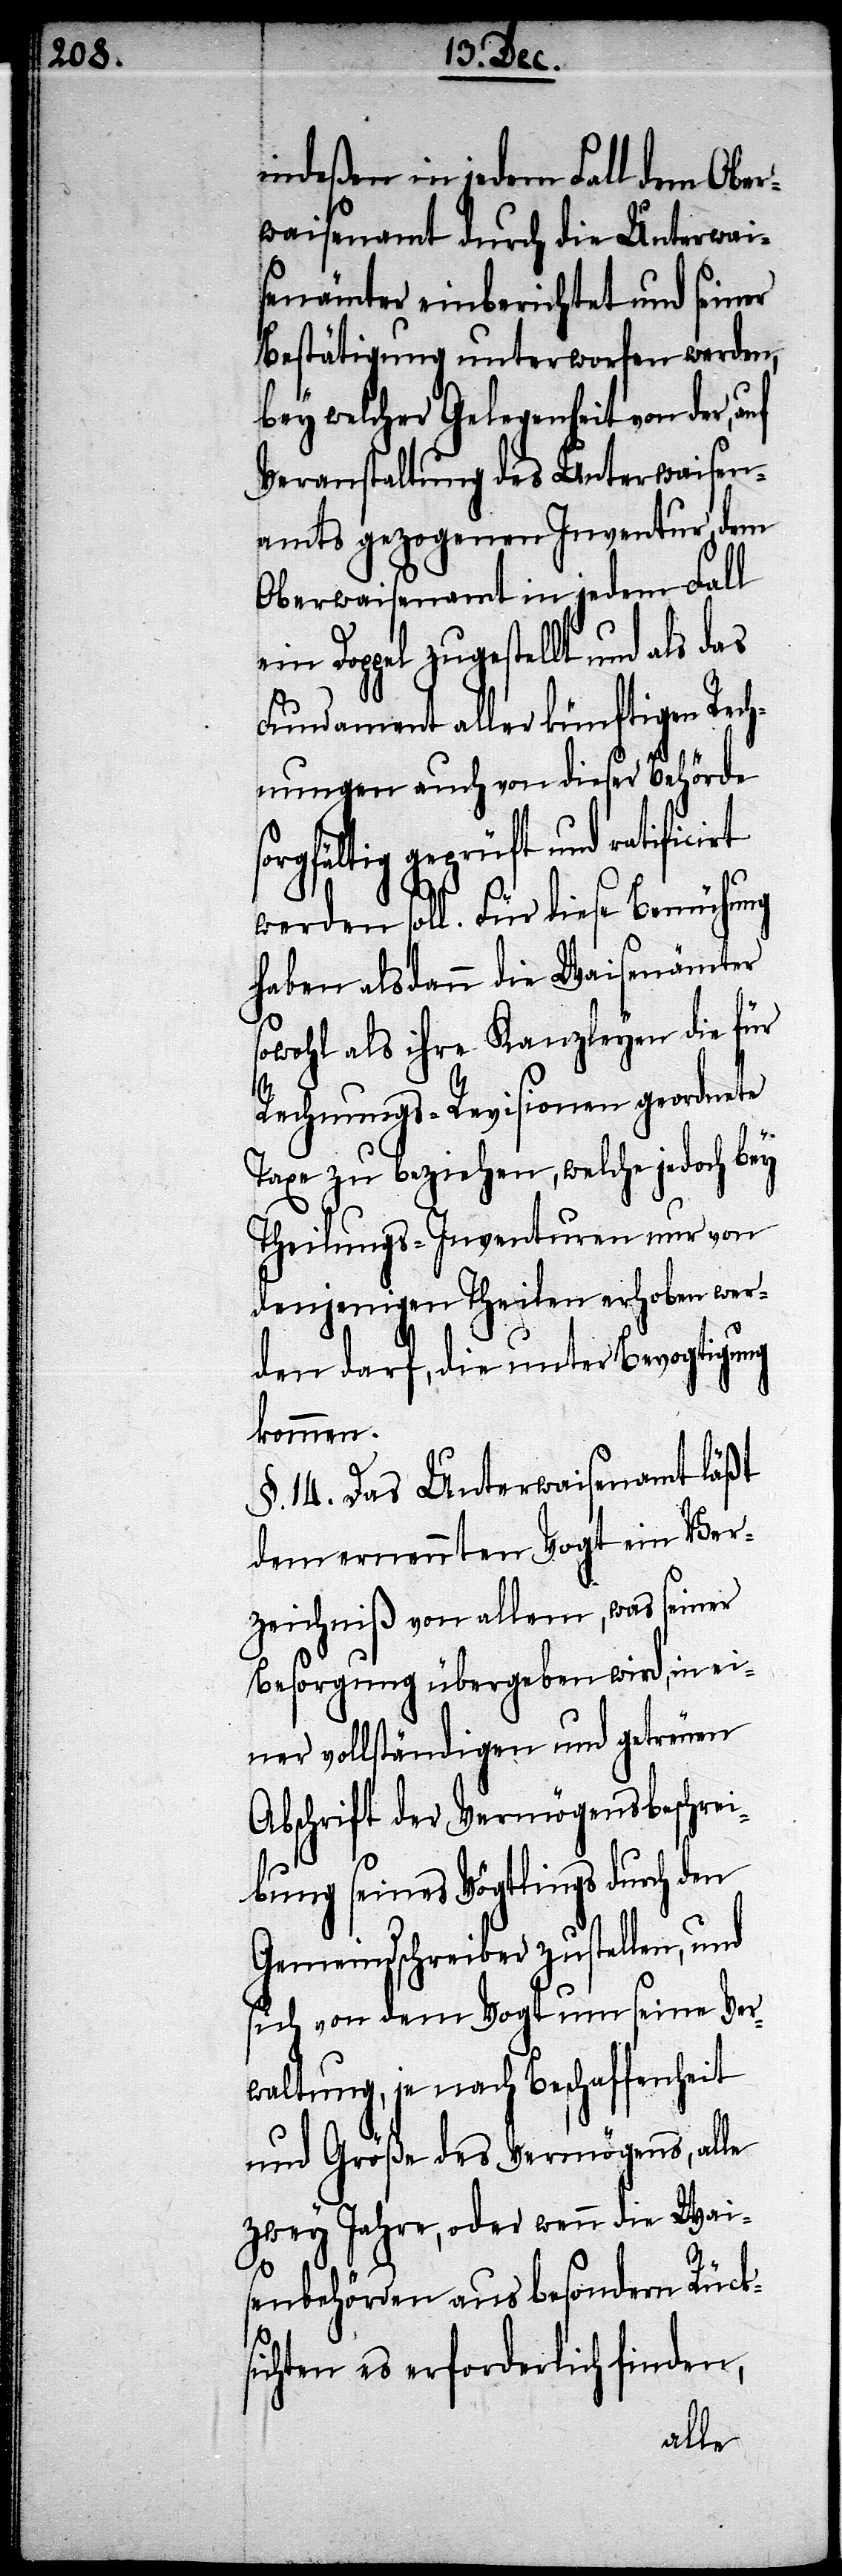
indeßen in jedem Fall dem Ober¬
waisenamt durch die Unterwai¬
senämter einberichtet und seiner
Bestätigung unterworfen werden,
bey welcher Gelegenheit von der,
Veranstaltung des Unterwaisen¬
amts gezogenen Inventur dem
Oberwaisenamt in jedem Fall
ein Doppel zugestellt und als das
Fundament aller künftigen Rech¬
nungen auch von dieser Behörde
geprüft und ratificirt
werden soll. Für diese Bemühung
haben alsdann die Waisenämter
sowohl als ihre Kanzleyen die für
Rechnungs-Revisionen geordnete
Taxe zu beziehen, welche jedoch bey
Theilungs-Inventuren nur von
denjenigen Theilen erhoben wer¬
den darf, die unter Bevogtigung
kommen.
§. 14. Das Unterwaisenamt läßt
dem ernennten Vogt ein Ver¬
zeichniß von allem, was seiner
Besorgung übergeben wird, in ei¬
ner vollständigen und getreuen
Abschrift der Vermögensbeschrei¬
bung seines Vögtlings durch den
Gemeindschreiber zustellen, und
sich von dem Vogt um seine Ver¬
waltung, je nach Beschaffenheit
und Größe des Vermögens, alle
zwey Jahre, oder wenn die Wai¬
senbehörden aus besondern Rück¬
sichten es erforderlich finden,